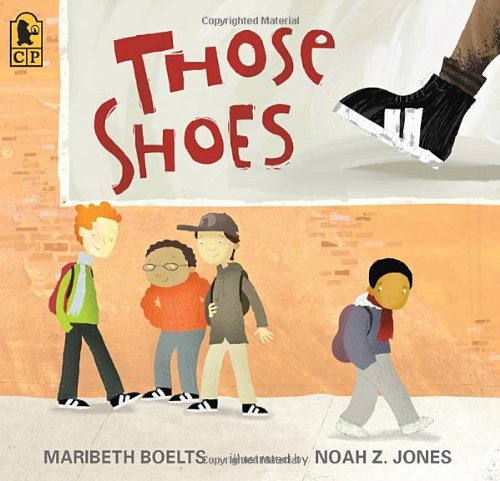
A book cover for Those Shoes; Maribeth Boelts; Children's Books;